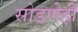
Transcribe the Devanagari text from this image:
सोडणेही